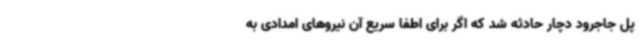
پل جاجرود دچار حادثه شد که اگر برای اطفا سریع آن نیروهای امدادی به